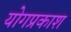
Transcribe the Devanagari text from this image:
योगप्रकाश